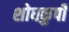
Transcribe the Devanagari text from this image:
शोधकुपी